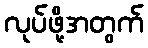
လုပ်ဖို့အတွက်